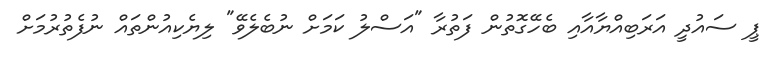
ޕީ ސައުދީ އަރަބިއްޔާއާއި ބެހޭގޮތުން ފަތުރާ "އަސްލު ކަމަށް ނުބެލެވޭ" ލިޔެކިއުންތައް ނުފެތުރުމަށް